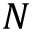
N